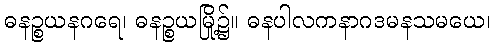
ဓနဉ္စယနဂရေ၊ ဓနဉ္စယမြို့၌။ ဓနပါလကနာဂဒမနသမယေ၊